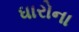
ધારોના